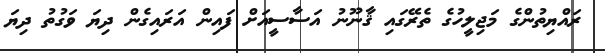
ރައްޔިތުންގެ މަޖިލީހުގެ ތެރޭގައި ޤާނޫނު އަސާސީއަށް ފައިން އަރައިގެން ދިޔަ ވަގުތު ދިޔަ